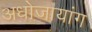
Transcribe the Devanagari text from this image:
अधोजायांग